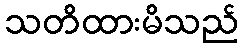
သတိထားမိသည်